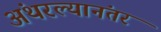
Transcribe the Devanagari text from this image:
अंथरल्यानंतर